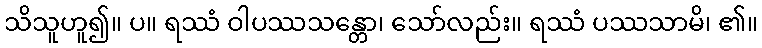
သိသူဟူ၍။ ပ။ ရဿံ ဝါပဿသန္တော၊ သော်လည်း။ ရဿံ ပဿသာမိ၊ ၏။